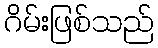
ဂိမ်းဖြစ်သည်